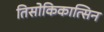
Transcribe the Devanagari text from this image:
तिसोकिकात्सिन